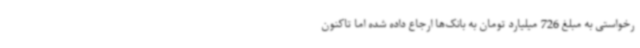
رخواستی به مبلغ 726 میلیارد تومان به بانک‌ها ارجاع داده شده اما تاکنون